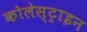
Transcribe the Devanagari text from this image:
कोलेस्ट्राइन